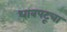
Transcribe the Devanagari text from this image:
धावपटूचा